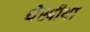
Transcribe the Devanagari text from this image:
थेस्पीया